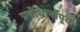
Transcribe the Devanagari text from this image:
प्रबोधानापूर्वी